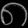
Digit: ၈